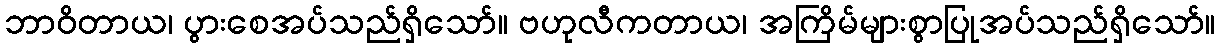
ဘာဝိတာယ၊ ပွားစေအပ်သည်ရှိသော်။ ဗဟုလီကတာယ၊ အကြိမ်များစွာပြုအပ်သည်ရှိသော်။